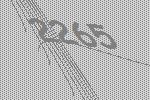
2265